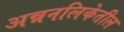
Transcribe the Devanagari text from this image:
अन्ननलिकेतील